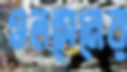
ওলসেনের